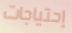
إحتياجات